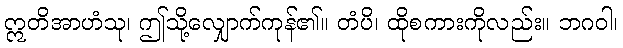
ဣတိအာဟံသု၊ ဤသို့လျှောက်ကုန်၏။ တံပိ၊ ထိုစကားကိုလည်း။ ဘဂဝါ၊